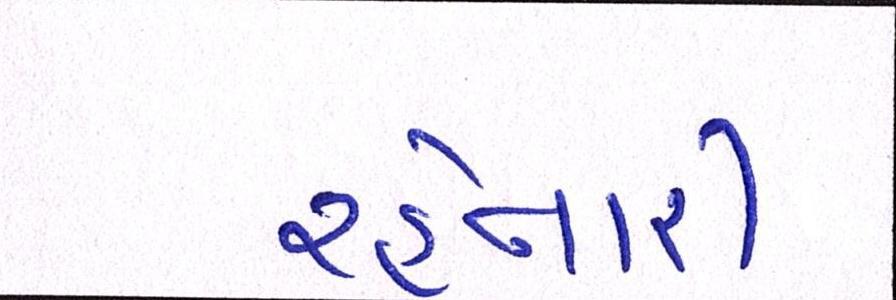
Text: રહેનારી